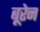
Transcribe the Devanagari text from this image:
बूरेन